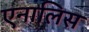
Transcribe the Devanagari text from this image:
एनालिस